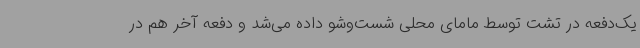
یک‌دفعه در تشت توسط مامای محلی شست‌وشو داده می‌شد و دفعه آخر هم در